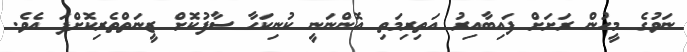
ނަވުގެ މީހުން ރަށަށް ފައިބާއިރު އަތިރިމަތި އޮންނަނީ ކުނިކަހާ ސާފުކޮށް ޒީނަތްތެރިކޮށްފަ އެވެ.